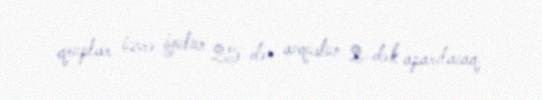
qruplar üzrə iyulun 25-dən avqustun 2-dək aparılacaq.